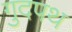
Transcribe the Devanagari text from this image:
गुदपथ